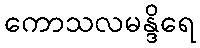
ကောသလမန္ဒိရေ